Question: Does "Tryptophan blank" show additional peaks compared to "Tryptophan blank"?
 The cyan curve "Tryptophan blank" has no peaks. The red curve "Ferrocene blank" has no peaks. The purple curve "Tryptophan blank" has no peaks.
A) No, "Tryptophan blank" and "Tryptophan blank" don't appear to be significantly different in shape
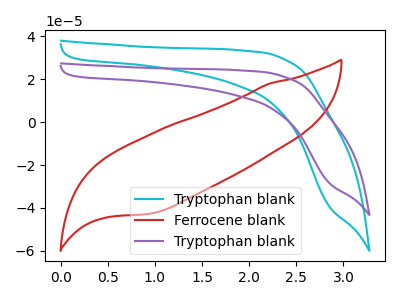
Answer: <think>Neither "Tryptophan blank" or "Tryptophan blank" have any peaks.
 </think>
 <answer>A) No, "Tryptophan blank" and "Tryptophan blank" don't appear to be significantly different in shape</answer>
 <eval>A</eval>